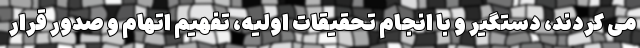
می کردند، دستگیر و با انجام تحقیقات اولیه، تفهیم اتهام و صدور قرار